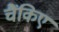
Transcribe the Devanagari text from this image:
चैंकिए